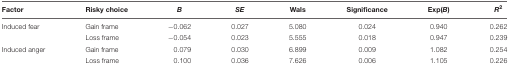
<table><thead><tr><td><b>Factor</b></td><td><b>Risky choice</b></td><td><b><i>B</i></b></td><td><b><i>SE</i></b></td><td><b>Wals</b></td><td><b>Significance</b></td><td><b>Exp(<i>B</i>)</b></td><td><b><i>R</i><sup>2</sup></b></td></tr></thead><tbody><tr><td>Induced fear</td><td>Gain frame</td><td>-0.062</td><td>0.027</td><td>5.080</td><td>0.024</td><td>0.940</td><td>0.262</td></tr><tr><td></td><td>Loss frame</td><td>-0.054</td><td>0.023</td><td>5.555</td><td>0.018</td><td>0.947</td><td>0.239</td></tr><tr><td>Induced anger</td><td>Gain frame</td><td>0.079</td><td>0.030</td><td>6.899</td><td>0.009</td><td>1.082</td><td>0.254</td></tr><tr><td></td><td>Loss frame</td><td>0.100</td><td>0.036</td><td>7.626</td><td>0.006</td><td>1.105</td><td>0.226</td></tr></tbody></table>